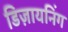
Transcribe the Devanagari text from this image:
डिज़ायनिंग